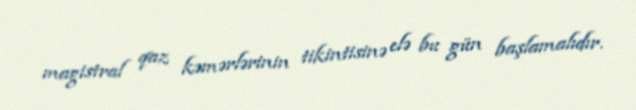
magistral qaz kəmərlərinin tikintisinə elə bu gün başlamalıdır.